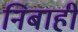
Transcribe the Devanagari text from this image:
निबाही